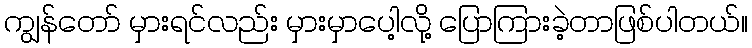
ကျွန်တော် မှားရင်လည်း မှားမှာပေါ့လို့ ပြောကြားခဲ့တာဖြစ်ပါတယ်။